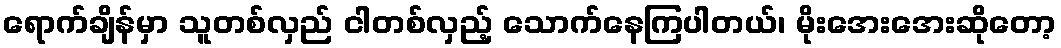
ရောက်ချိန်မှာ သူတစ်လှည် ငါတစ်လှည့် သောက်နေကြပါတယ်၊ မိုးအေးအေးဆိုတော့